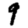
Digit: 9